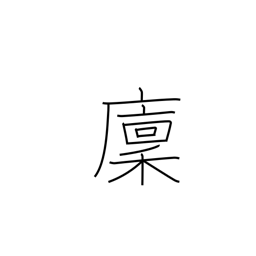
Meaning: rice storehouse